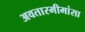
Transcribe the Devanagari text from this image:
अवतारमीमांसा